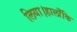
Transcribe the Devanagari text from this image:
लिया।हालाँकि